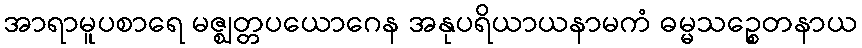
အာရာမူပစာရေ မဇ္ဈတ္တပယောဂေန အနုပရိယာယနာမကံ ဓမ္မသဉ္စေတနာယ